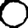
Digit: 0